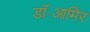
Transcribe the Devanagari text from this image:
डॉ॰आमिर